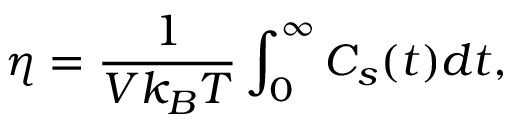
\eta = \frac { 1 } { V k _ { B } T } \int _ { 0 } ^ { \infty } C _ { s } ( t ) d t ,